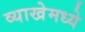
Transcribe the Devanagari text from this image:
व्याखेमध्ये